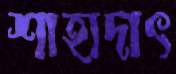
শাহাদাৎ